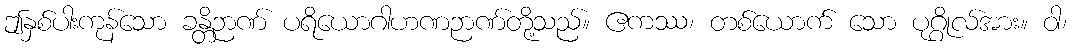
ဤနှစ်ပါးကုန်သော ခန္တိဉာဏ် ပရိယောဂါဟဏဉာဏ်တို့သည်။ ဧကဿ၊ တစ်ယောက် သော ပုဂ္ဂိုလ်အား။ ဝါ၊